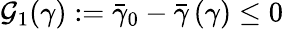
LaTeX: \mathcal{G}_{1}(\gamma):=\bar{\gamma}_{0}-\bar{\gamma}\, (\gamma)\leq 0